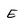
Character: E